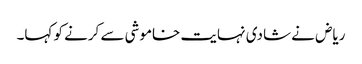
ریاض نے شادی نہایت خاموشی سے کرنے کو کہا۔